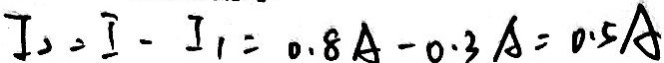
I _ { 2 } = I - I _ { 1 } = 0 . 8 A - 0 . 3 A = 0 . 5 A